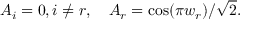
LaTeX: A _ { i } = 0 , i \neq r , \quad A _ { r } = \cos ( \pi w _ { r } ) / \sqrt { 2 } .